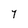
Character: Y